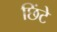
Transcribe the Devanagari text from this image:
छिंटे